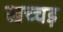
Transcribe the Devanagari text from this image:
खच्चड़